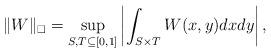
LaTeX: \begin{align*}\| W \|_\Box = \sup_{S,T\subseteq [0,1]}\left| \int_{S\times T} W(x,y) dx dy \right| ,\end{align*}